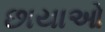
છાયાઓ